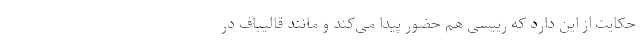
حکایت از این دارد که رییسی هم حضور پیدا می‌کند و مانند قالیباف در